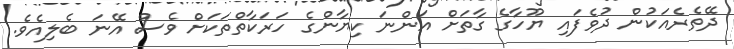
ދޭތެރެއަކުން ދުވެފައި ޔޫހާގެ ގާތަށް އަންނަ ކިޔާންގެ ހަރަކާތްތަކަށް ވެސް އޭނަ ބެލިއެވެ.